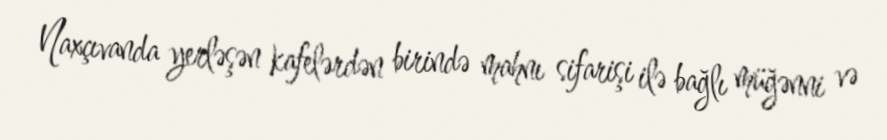
Naxçıvanda yerləşən kafelərdən birində mahnı sifarişi ilə bağlı müğənni və